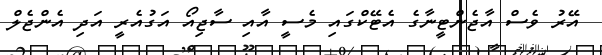
އޭރު ވެސް އާޖެންޓީނާގެ އެޓޭކްގައި މެސީ އާއި ސާޖިއޯ އަގުއެރީ އަދި އެންޖެލް